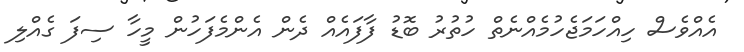
އެއްވެސް ހިއްހަމަޖެހުމެއްނެތް ހުތުރު ބޮޑު ފާފައެއް ދެން އެންމެފަހުން މީހާ ސިފަ ގެއްލި